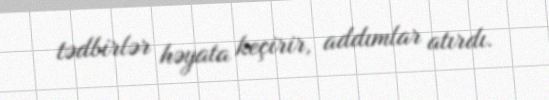
tədbirlər həyata keçirir, addımlar atırdı.